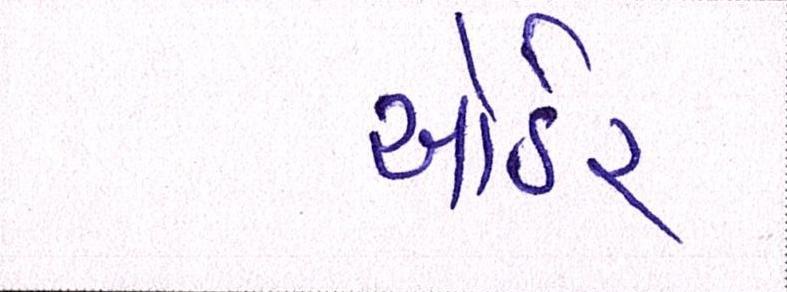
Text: ઓર્ડર